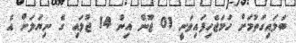
ބަލައިގަތުމަށް ހަމަޖެހިފައިވަނީ 01 ޖޫން އިން 14 ޖުލައި ގެ ނިޔަލަށް އެ